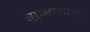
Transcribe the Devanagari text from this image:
सुआताल